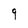
Character: q